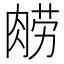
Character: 𰮮